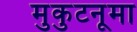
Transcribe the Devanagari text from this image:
मुकुटनूमा